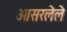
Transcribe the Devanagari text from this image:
ओसरलेले